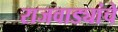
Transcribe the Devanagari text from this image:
राजवाड्यांचे